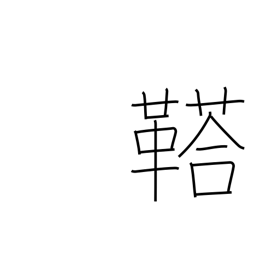
Meaning: rumbling